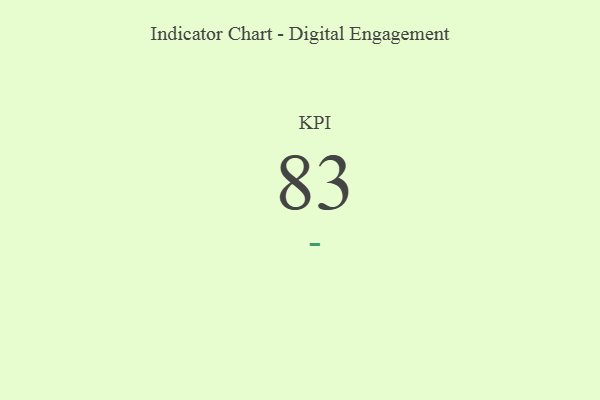
{"axis": {"x": "KPI", "y": "Value"}, "legend": [""], "data": [{"x": "KPI", "y": 83, "type": ""}]}